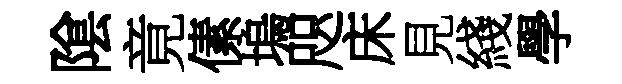
隂竟傃塢咫床見綫學